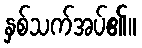
နှစ်သက်အပ်၏။